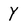
Character: Y